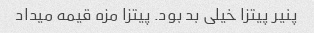
پنیر پیتزا خیلی بد بود. پیتزا مزه قیمه میداد